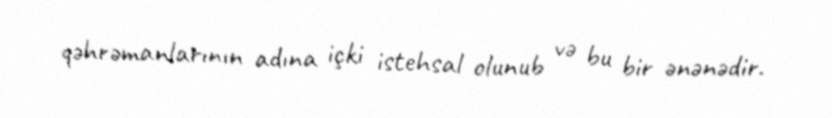
qəhrəmanlarının adına içki istehsal olunub və bu bir ənənədir.